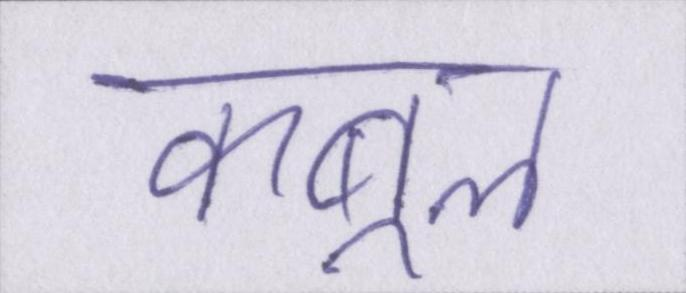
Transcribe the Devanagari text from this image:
कबूल